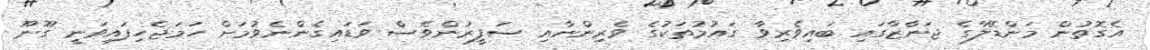
އެގޮތުން މަންޑޭލާގެ ޖަނާޒާގައި ބައިވެރިވާ ގައުމުތަކުގެ ވެރިންނާއި ސަފީރުންވެސް ވަޑައިގެންނެވުމަށް ހަމަޖެހިފައިވަނީ ގޫނޫ